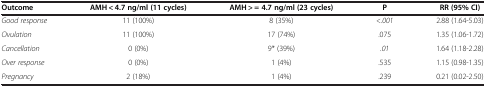
<table><thead><tr><td><b>Outcome</b></td><td><b>AMH &lt; 4.7 ng/ml (11 cycles)</b></td><td><b>AMH &gt; = 4.7 ng/ml (23 cycles)</b></td><td><b>P</b></td><td><b>RR (95% CI)</b></td></tr></thead><tbody><tr><td><i>Good response</i></td><td>11 (100%)</td><td>8 (35%)</td><td><i>&lt;.001</i></td><td>2.88 (1.64-5.03)</td></tr><tr><td><i>Ovulation</i></td><td>11 (100%)</td><td>17 (74%)</td><td>.075</td><td>1.35 (1.06-1.72)</td></tr><tr><td><i>Cancellation</i></td><td>0 (0%)</td><td>9* (39%)</td><td><i>.01</i></td><td>1.64 (1.18-2.28)</td></tr><tr><td><i>Over response</i></td><td>0 (0%)</td><td>1 (4%)</td><td>.535</td><td>1.15 (0.98-1.35)</td></tr><tr><td><i>Pregnancy</i></td><td>2 (18%)</td><td>1 (4%)</td><td>.239</td><td>0.21 (0.02-2.50)</td></tr></tbody></table>